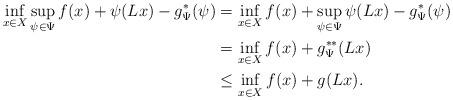
\begin{align*}\inf_{x\in X}\sup_{\psi\in\Psi} f(x) + \psi(Lx) -g^*_\Psi (\psi) & = \inf_{x\in X} f(x) + \sup_{\psi\in\Psi} \psi(Lx) - g^*_\Psi (\psi) \\& = \inf_{x\in X} f(x) + g^{**}_\Psi (Lx) \\& \leq \inf_{x\in X} f(x) + g (Lx).\end{align*}